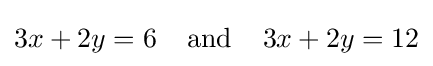
3x+2y=6\;\;\;\;{\text{and}}\;\;\;\;3x+2y=12